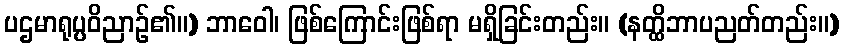
ပဌမာရုပ္ပဝိညာဉ်၏။) ဘာဝေါ၊ ဖြစ်ကြောင်းဖြစ်ရာ မရှိခြင်းတည်း။ (နတ္ထိဘာပညတ်တည်း။)